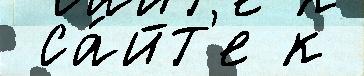
 са́йт'е к